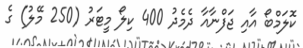
ކޮލަމްބޯ އާއި ޖަފްނާއާ ދެމެދު 400 ކިލޯ މީޓަރު (250 މޭލު) ގެ